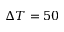
\Delta T = 5 0